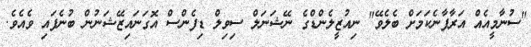
"ސުނާމީއެއް އަރާފާނެކަމަށް ބެލެވޭ" ނިއުޒީލެންޑްގެ ނޭޝަނަލް ސިވިލް ޑިފެންސް އޮގަނައިޒޭޝަނުން ބުނެފައި ވެއެވެ.